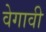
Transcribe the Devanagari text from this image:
वेगावी